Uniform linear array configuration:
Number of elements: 12
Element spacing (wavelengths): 0.75
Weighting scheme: kaiser
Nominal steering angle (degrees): -30
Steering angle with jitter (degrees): -28.867
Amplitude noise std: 0.05
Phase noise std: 0.05

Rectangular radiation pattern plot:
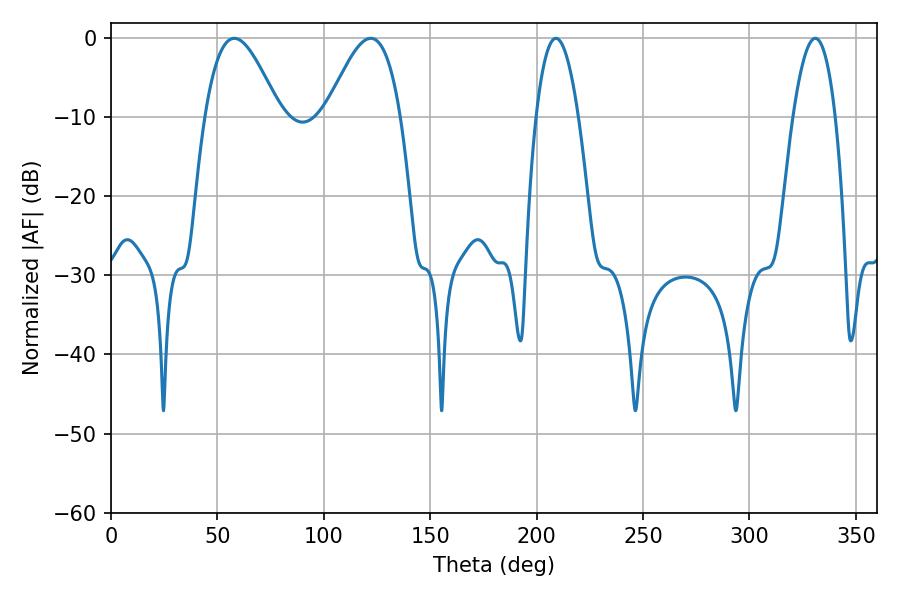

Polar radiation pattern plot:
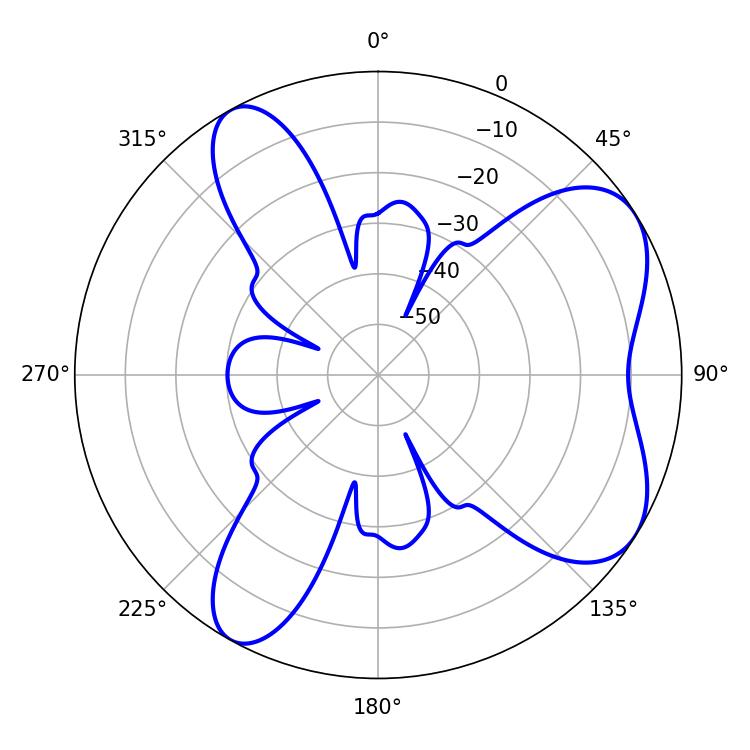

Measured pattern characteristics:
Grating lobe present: TRUE
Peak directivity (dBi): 6.543
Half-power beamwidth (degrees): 18.9
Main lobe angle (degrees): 57.96